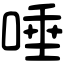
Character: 唾